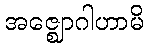
အဇ္ဈောဂါဟာမိ